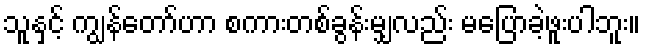
သူနှင့် ကျွန်တော်ဟာ စကားတစ်ခွန်းမျှလည်း မပြောခဲ့ဖူးပါဘူး။